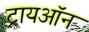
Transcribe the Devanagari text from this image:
ट्रायऑन